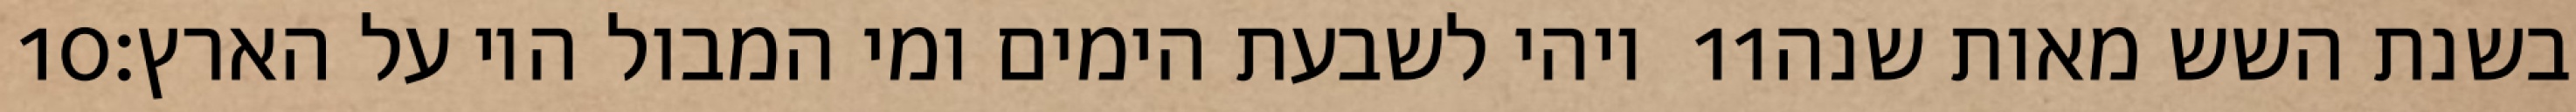
‎10‏ ויהי לשבעת הימים ומי המבול היו על הארץ׃ ‎11‏ בשנת השש מאות שנה